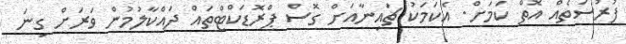
ފުރުސަތެއް އޮތް ކަމަށް. އެކަމަކު ޗައިނާއަށް ގޮސް ޕްރޮޑަކްޓްތައް ދައްކާލުމުން ވަރަށް ގިނަ